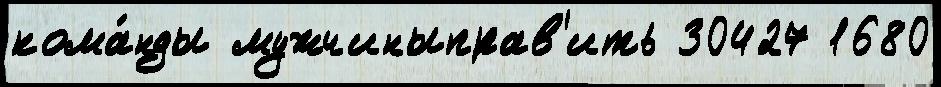
кома́нды мужчиныправ'ить 30427 1680